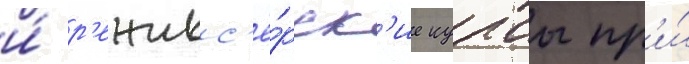
и́ р'ежисс'ё́рск'ие курсы пр'и́